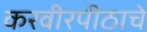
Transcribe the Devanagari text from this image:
करवीरपीठाचे